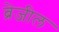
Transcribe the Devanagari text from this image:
ब्रेजील